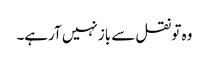
وہ تو نقل سے باز نہیں آرہے۔